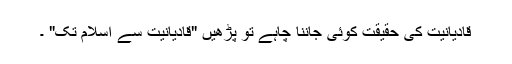
قادیانیت کی حقیقت کوئی جاننا چاہے تو پڑھیں "قادیانیت سے اسلام تک" ۔